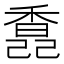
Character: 𩡆